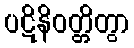
ပဋိနိဝတ္တိတွာ